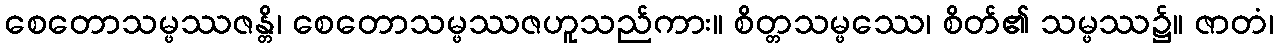
စေတောသမ္ဖဿဇန္တိ၊ စေတောသမ္ဖဿဇဟူသည်ကား။ စိတ္တသမ္ဖဿေ၊ စိတ်၏ သမ္ဖဿ၌။ ဇာတံ၊